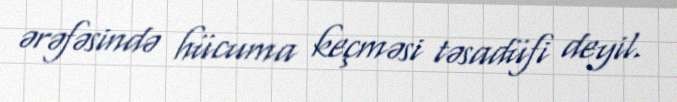
ərəfəsində hücuma keçməsi təsadüfi deyil.